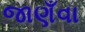
જાણઁવા